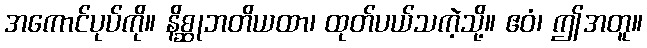
အကောင်ပုပ်ကို။ နိစ္ဆုဘတိယထာ၊ ထုတ်ပယ်သကဲ့သို့။ ဧဝံ၊ ဤအတူ။